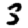
Digit: 3